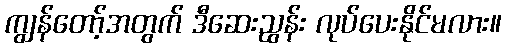
ကျွန်တော့်အတွက် ဒီဆေးညွန်း လုပ်ပေးနိုင်မလား။